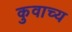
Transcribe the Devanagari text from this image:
कुवाच्य